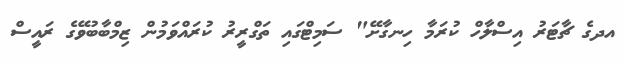
އދގެ ޗާޓަރު އިސްލާހް ކުރަމާ ހިނގާށޭ" ސަމިޓްގައި ތަގްރީރު ކުރައްވަމުން ޒިމްބާބުވޭގެ ރައީސް